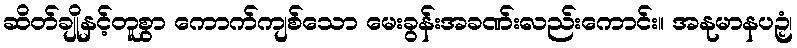
ဆိတ်ချိုနှင့်တူစွာ ကောက်ကျစ်သော မေးခွန်းအခဏ်းလည်းကောင်း။ အနုမာနပဉှံ၊